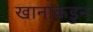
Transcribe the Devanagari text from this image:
खानाकडुन